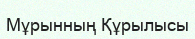
Мұрынның Құрылысы